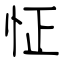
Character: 怔